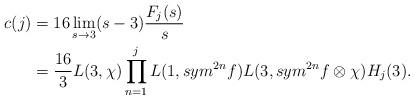
\begin{align*}c(j) &=16\lim_{s \to 3} (s-3)\frac{F_{j}(s)}{s} \\&= \frac{16}{3}L(3,\chi)\prod\limits_{n=1}^{j}L(1,sym^{2n}f)L(3,sym^{2n}f\otimes\chi)H_{j}(3).\end{align*}